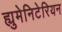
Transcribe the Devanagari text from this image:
ह्युमेनिटेरियन